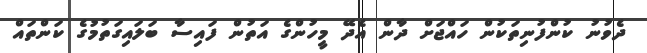
ދެވުނު ކުންފުނިތަކުން ހައްޖަށް ދާން އެދޭ މީހުންގެ އަތުން ފައިސާ ބަލައިގަތުމުގެ ކަންތައް